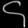
Digit: ၄